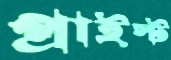
প্রাইস্ট